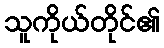
သူကိုယ်တိုင်၏